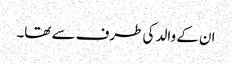
ان کے والد کی طرف سے تھا۔